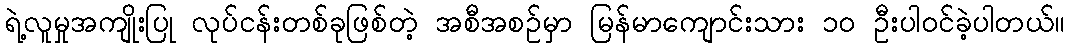
ရဲ့လူမှုအကျိုးပြု လုပ်ငန်းတစ်ခုဖြစ်တဲ့ အစီအစဉ်မှာ မြန်မာကျောင်းသား ၁၀ ဦးပါဝင်ခဲ့ပါတယ်။